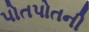
પોતપોતની